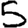
Digit: 5